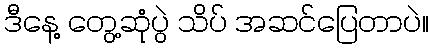
ဒီနေ့ တွေ့ဆုံပွဲ သိပ် အဆင်ပြေတာပဲ။